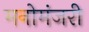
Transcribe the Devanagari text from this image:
मनोमंजरी